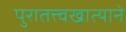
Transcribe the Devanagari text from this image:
पुरातत्त्वखात्याने